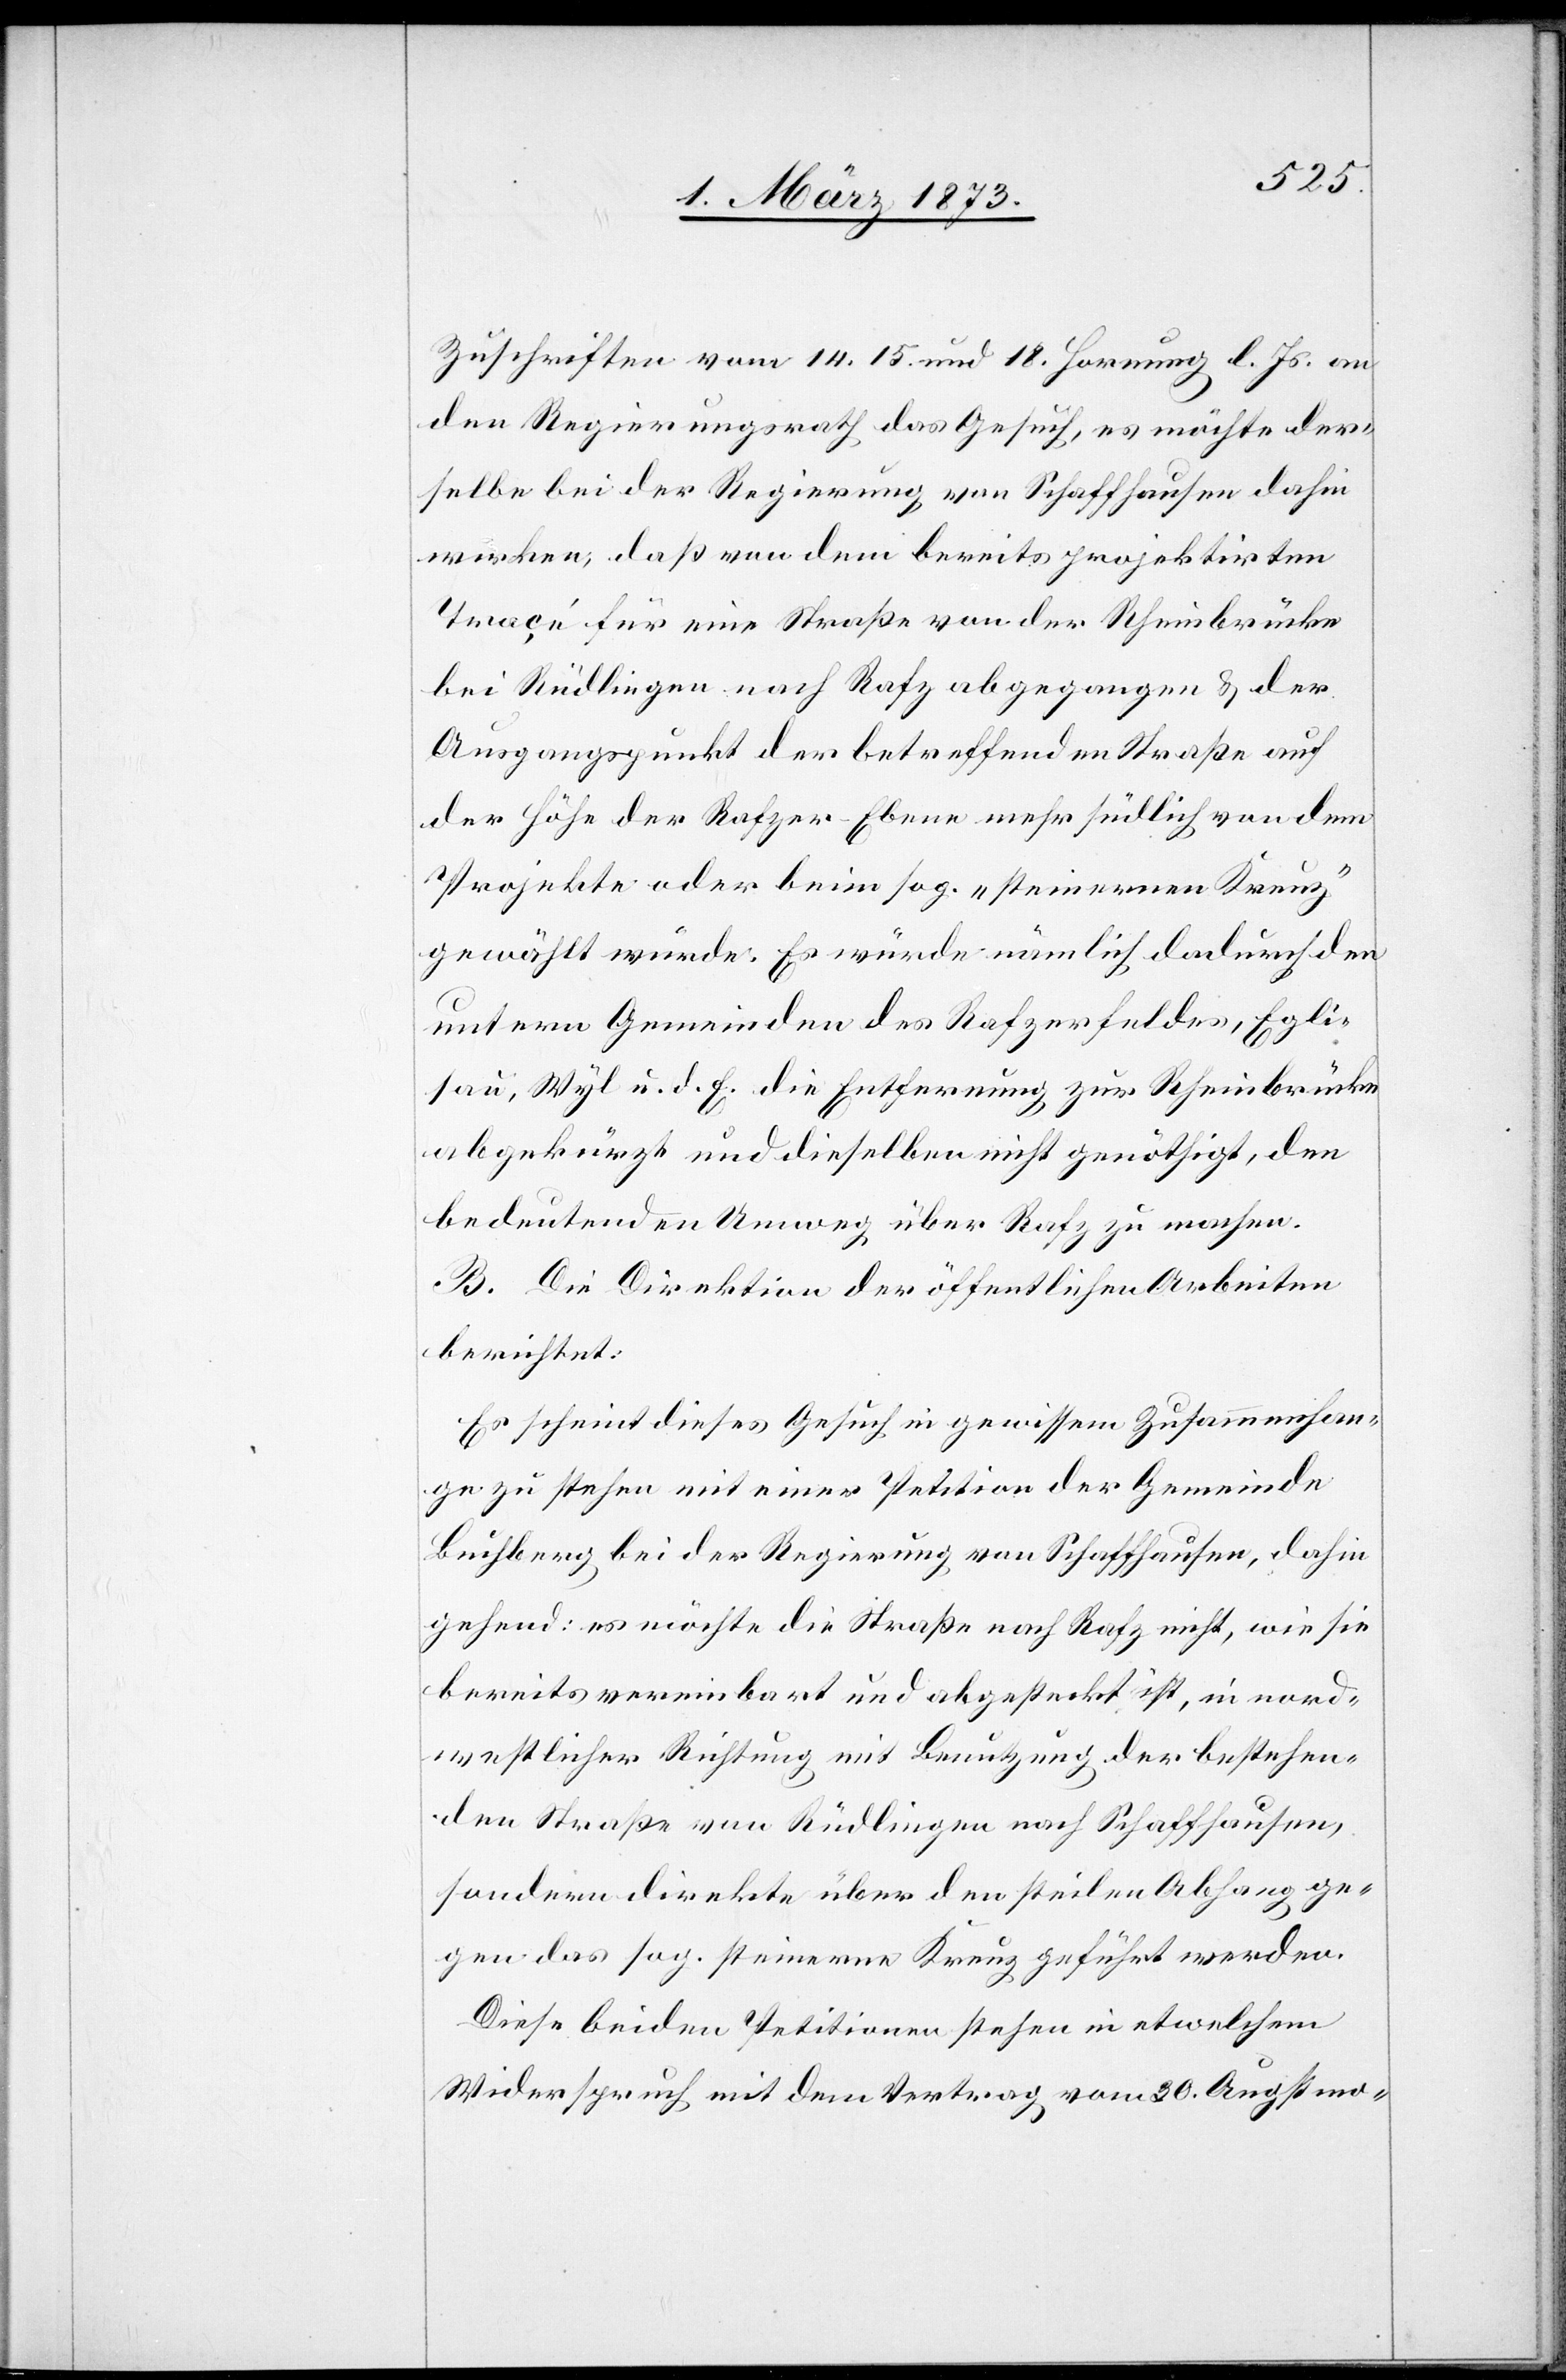
Zuschriften vom 14.[,] 15. und 18. Hornung l. Js. an
den Regierungsrath das Gesuch, es möchte der¬
selbe bei der Regierung von Schaffhausen dahin
wirken; daß von dem bereits projektirten
Traçé für eine Straße von der Rheinbrücke
bei Rüdlingen nach Rafz abgegangen u. der
Ausgangspunkt der betreffenden Straße auf
der Höhe der Rafzer-Ebene mehr südlich von dem
Projekte oder beim sog. „steinernen Kreuz“
gewählt würde. Es würde nämlich dadurch den
untern Gemeinden des Rafzerfeldes, Egli¬
sau, Wyl u. d. E. die Entfernung zur Rheinbrücke
abgekürzt und dieselben nicht genöthigt, den
bedeutenden Umweg über Rafz zu machen.
B. Die Direktion der öffentlichen Arbeiten
berichtet:
Es scheint dieses Gesuch in gewissem Zusammenhan¬
ge zu stehen mit einer Petition der Gemeinde
Buchberg bei der Regierung von Schaffhausen, dahin
gehend: es möchte die Straße nach Rafz nicht, wie sie
bereits vereinbart und abgesteckt ist, in nord¬
westlicher Richtung mit Benutzung der bestehen¬
den Straße von Rüdlingen nach Schaffhausen
sondern direkte über den steilen Abhang ge¬
gen das sog. steinerne Kreuz geführt werden.
Diese beiden Petitionen stehen in etwelchem
Widerspruch mit dem Vertrag vom 20. Augstmo-